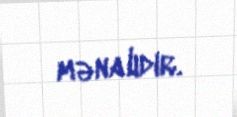
mənalıdır.